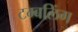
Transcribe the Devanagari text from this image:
टम्बलिंग